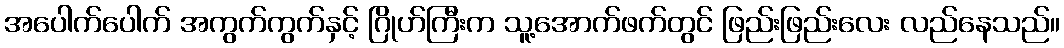
အပေါက်ပေါက် အကွက်ကွက်နှင့် ဂြိုဟ်ကြီးက သူ့အောက်ဖက်တွင် ဖြည်းဖြည်းလေး လည်နေသည်။